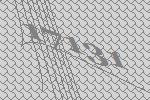
17131